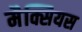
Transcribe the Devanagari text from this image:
मैक्सियस